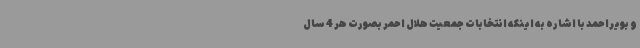
و بویراحمد با اشاره به اینکه انتخابات جمعیت هلال احمر بصورت هر 4 سال